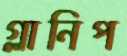
গ্লানিপ